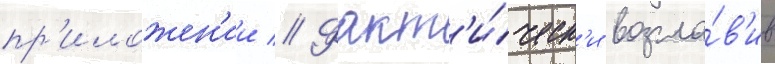
пр'иложен'ии // Факт'и́ческ'и возгла́в'ив